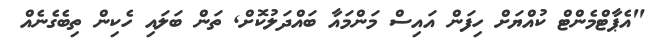
"އެޕާޓްމެންޓް ކުއްޔަށް ހިފަން އައިސް މަންމައާ ބައްދަލުކޮށް